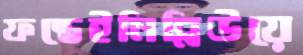
ফন্তেইনিব্লিউয়ে